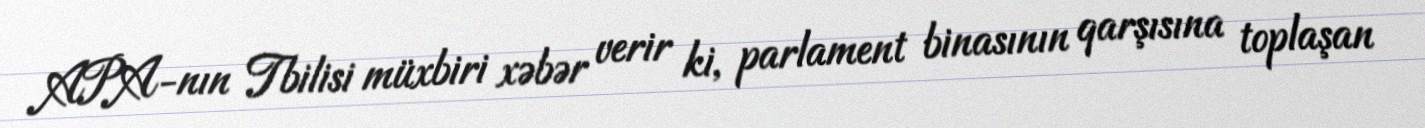
APA-nın Tbilisi müxbiri xəbər verir ki, parlament binasının qarşısına toplaşan